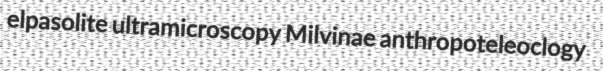
elpasolite ultramicroscopy Milvinae anthropoteleoclogy